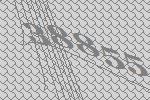
38855